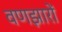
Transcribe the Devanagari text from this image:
वणझारों